Source: Handwritten
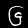
Digit: ၆ (6)